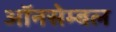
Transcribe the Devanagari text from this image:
ऑनसेम्बल